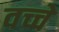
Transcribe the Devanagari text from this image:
वच्चे